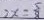
2 x = \frac { 5 } { 8 }